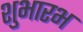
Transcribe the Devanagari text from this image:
शुभारभ